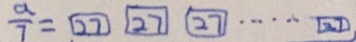
\frac { a } { 7 } = \boxed { 2 7 } \boxed { 2 7 } \boxed { 2 7 } \cdots \boxed { 2 7 }